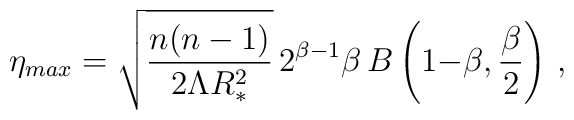
\eta_{max} =\sqrt{n(n-1)\over 2\Lambda R_*^2}\, 2^{\beta{-}1} \beta\, B\left(1{-}\beta,{\beta\over 2}\right) \, ,